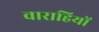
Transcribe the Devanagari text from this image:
वाराहियों